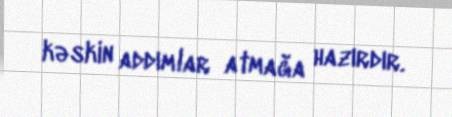
kəskin addımlar atmağa hazırdır.